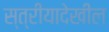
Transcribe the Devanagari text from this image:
स्त्रीयादेखील